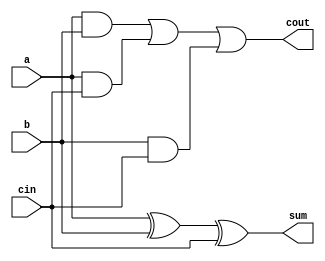
module fullAdder(a,b,cin,sum,cout);
    input a,b,cin;
    output sum, cout;
    assign sum = a^b^cin;
    assign cout = (a&b) | (a&cin) | (b&cin);
endmodule